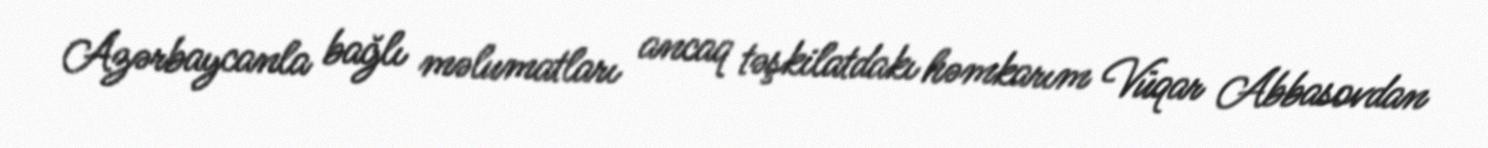
Azərbaycanla bağlı məlumatları ancaq təşkilatdakı həmkarım Vüqar Abbasovdan